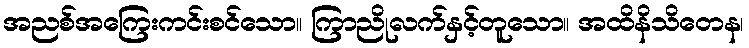
အညစ်အကြေးကင်းစင်သော။ ကြာညိုလက်နှင့်တူသော။ အထိနိသိတေန၊